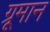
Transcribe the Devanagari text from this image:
ग्रूमान